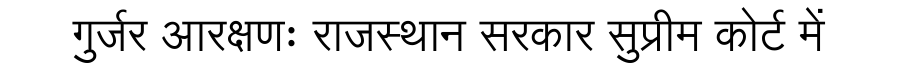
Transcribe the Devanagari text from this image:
गुर्जर आरक्षणः राजस्थान सरकार सुप्रीम कोर्ट में